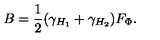
B = \frac { 1 } { 2 } ( \gamma _ { H _ { 1 } } + \gamma _ { H _ { 2 } } ) F _ { \Phi } .